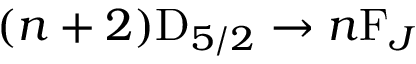
( n + 2 ) \mathrm { D } _ { 5 / 2 } \rightarrow n \mathrm { F } _ { J }